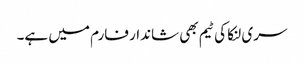
سری لنکا کی ٹیم بھی شاندار فارم میں ہے۔